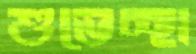
শুভেচ্ছা